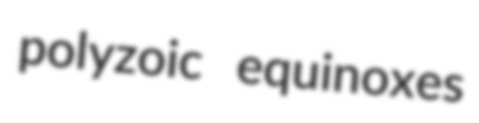
polyzoic equinoxes